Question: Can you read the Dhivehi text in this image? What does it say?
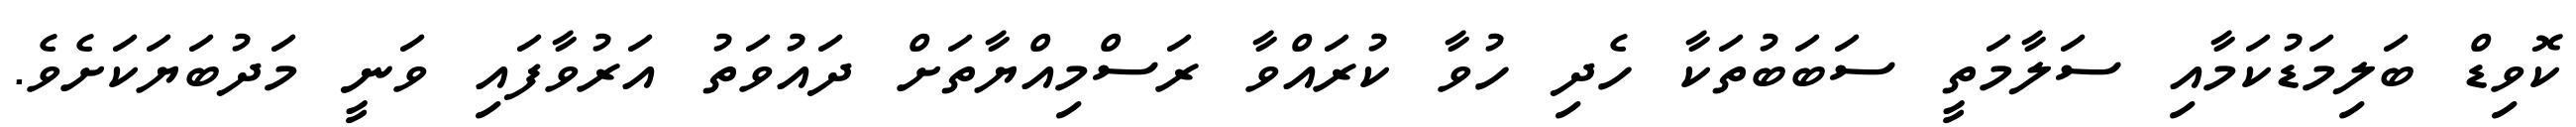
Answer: ކޮވިޑް ބަލިމަޑުކަމާއި ސަލާމަތީ ސަބަބުތަކާ ހެދި ހުވާ ކުރައްވާ ރަސްމިއްޔާތަށް ދައުވަތު އަރުވާފައި ވަނީ މަދުބަޔަކަށެވެ.